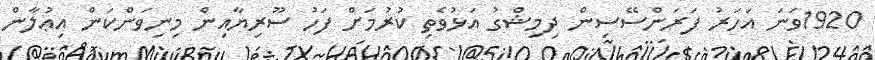
1920ވަނަ އަހަރު ފަރަންސޭސިން ދިމިޝްގު އަޅުވެތި ކުރުމަށް ފަހު ސޫރިޔާއިން މިނިވަންކަން އިޢުލާން